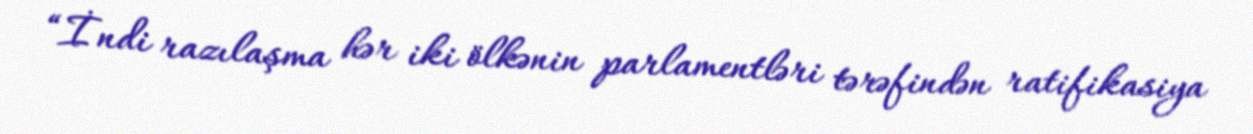
“İndi razılaşma hər iki ölkənin parlamentləri tərəfindən ratifikasiya